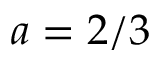
a = 2 / 3